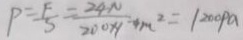
P = \frac { F } { S } = \frac { 2 4 N } { 2 0 0 \times 1 } - 4 m ^ { 2 } = 1 2 0 0 P a